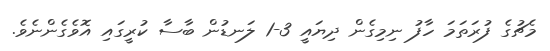
މެޗުގެ ފުރަތަމަ ހާފު ނިމިގެން ދިޔައީ 3-1 ލަނޑުން ބާސާ ކުރީގައި އޮވެގެންނެވެ.